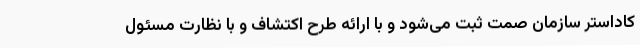
کاداستر سازمان صمت ثبت می‌شود و با ارائه طرح اکتشاف و با نظارت مسئول